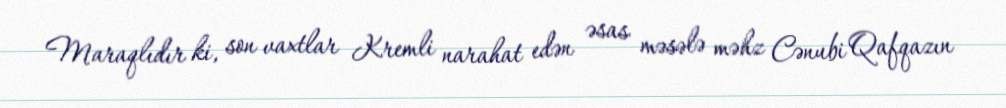
Maraqlıdır ki, son vaxtlar Kremli narahat edən əsas məsələ məhz Cənubi Qafqazın